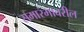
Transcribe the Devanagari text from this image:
समारंभावरील